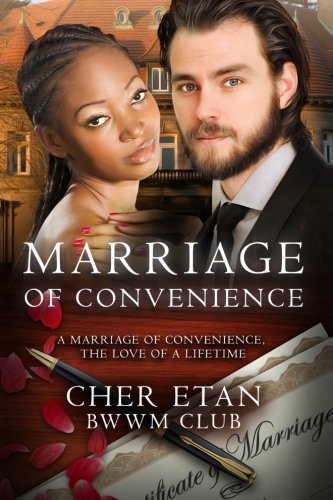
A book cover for Marriage Of Convenience: A BWWM Billionaire Love Story; Cher Etan; Romance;